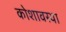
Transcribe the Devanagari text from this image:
कोशावस्था